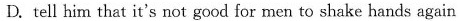
D. tell him that it's not good for men to shake hands again